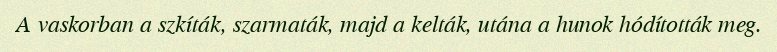
A vaskorban a szkíták, szarmaták, majd a kelták, utána a hunok hódították meg.